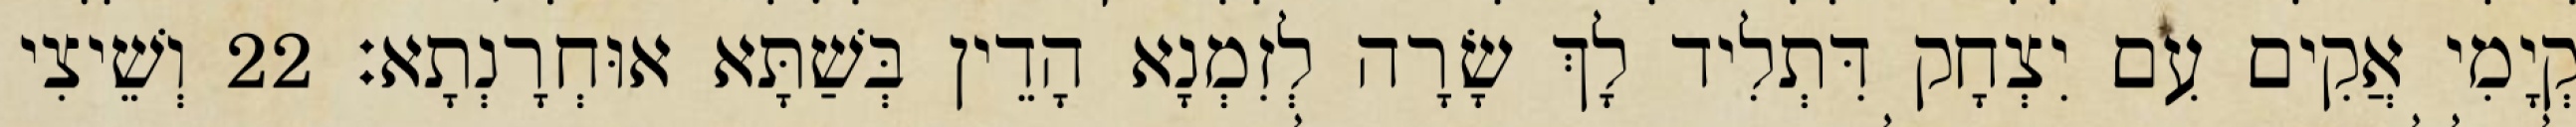
קְיָמִי אֲקִים עִם יִצְחָק דִּתְלִיד לָךְ שָׂרָה לְזִמְנָא הָדֵין בְּשַׁתָּא אוּחְרָנְתָא׃ 22 וְשֵׁיצִי